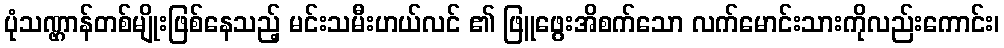
ပုံသဏ္ဌာန်တစ်မျိုးဖြစ်နေသည့် မင်းသမီးဟယ်လင် ၏ ဖြူဖွေးအိစက်သော လက်မောင်းသားကိုလည်းကောင်း၊